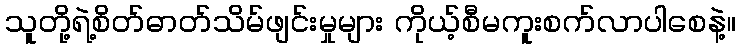
သူတို့ရဲ့စိတ်ဓာတ်သိမ်ဖျင်းမှုများ ကိုယ့်စီမကူးစက်လာပါစေနဲ့။